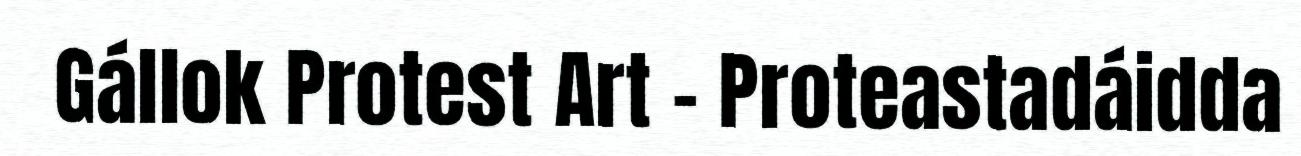
Gállok Protest Art – Proteastadáidda